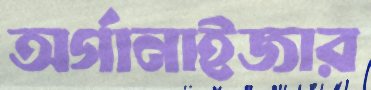
অর্গানাইজার